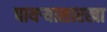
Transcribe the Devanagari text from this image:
पायऱ्यासारखा